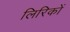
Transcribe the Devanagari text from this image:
लिरिकों